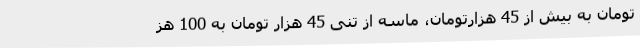
تومان به بیش از 45 هزارتومان، ماسه از تنی 45 هزار تومان به 100 هز